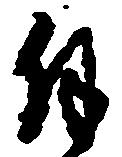
拝